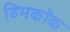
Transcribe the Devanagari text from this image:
डिमकॉक